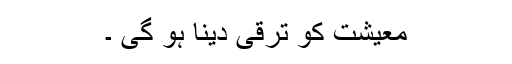
معیشت کو ترقی دینا ہو گی ۔